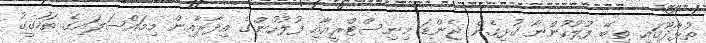
ތުޅާދޫގައި ތިބޭ ފުލުހުންނާ ގުޅިގެން ޖެންޑަ މިނިސްޓްރީއާއި ފުލުހުންގެ އިދާރާއިން މިމައްސަލައިގެ ތަހުގީގު